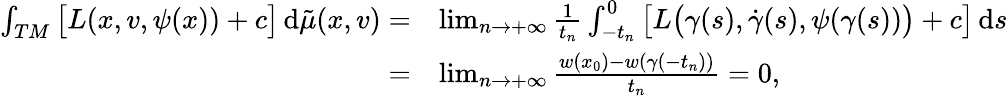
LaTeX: \begin{array}{rl}{\int_{TM}\big[L(x,v,\psi(x))+c\big]\, \mathrm{d}\tilde{\mu}(x,v)=}&{\operatorname*{lim}_{n\to+\infty}\frac 1{t_{n}}\int_{-t_{n}}^{0}\big[L\bigl(\gamma(s),\dot{\gamma}(s),\psi(\gamma(s))\bigr)+c\big]\, \mathrm{d}s}\\ {=}&{\operatorname*{lim}_{n\to+\infty}\frac{w(x_{0})-w(\gamma(-t_{n}))}{t_{n}}=0,}\end{array}